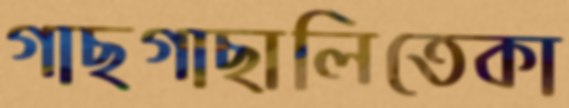
গাছগাছালিতেকা